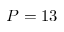
P = 1 3